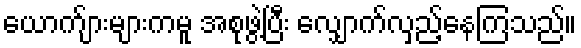
ယောက်ျားများကမူ အစုဖွဲ့ပြီး လျှောက်လှည့်နေကြသည်။